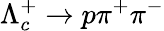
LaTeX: \Lambda_{c}^{+}\to p\pi^{+}\pi^{-}